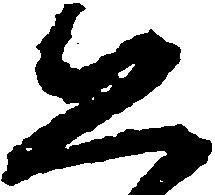
恐